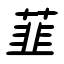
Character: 韮